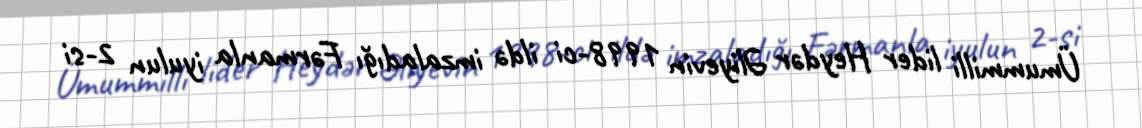
Ümummilli lider Heydər Əliyevin 1998-ci ildə imzaladığı Fərmanla iyulun 2-si